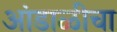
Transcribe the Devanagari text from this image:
आंडाळीचा